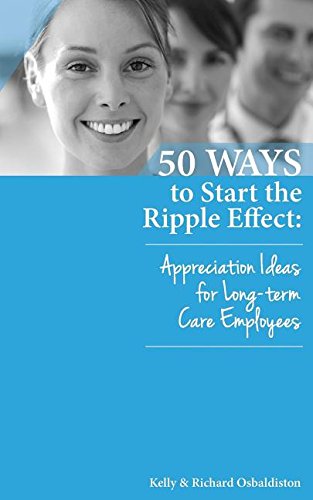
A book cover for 50 Ways to Start the Ripple Effect: Appreciation Ideas for Long-Term Care Employees; Kelly Osbaldiston; Medical Books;